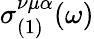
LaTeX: \sigma_{(1)}^{\nu\mu\alpha}(\omega)